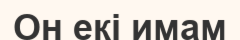
Он екі имам